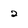
Character: 2